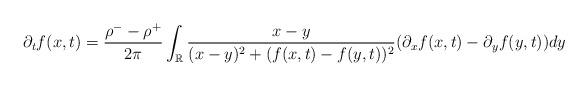
LaTeX: \begin{align*} \partial_t f(x,t) = \frac{\rho^{-} - \rho^{+}}{2\pi} \int_\mathbb{R} \frac{x-y}{(x-y)^2 + (f(x,t)-f(y,t))^2}(\partial_{x}f(x,t) - \partial_{y}f(y,t)) d y\end{align*}